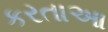
કરતાઆ